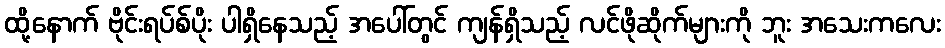
ထို့နောက် ဗိုင်းရပ်စ်ပိုး ပါရှိနေသည့် အပေါ်တွင် ကျန်ရှိသည့် လင်ဖိုဆိုက်များကို ဘူး အသေးကလေး